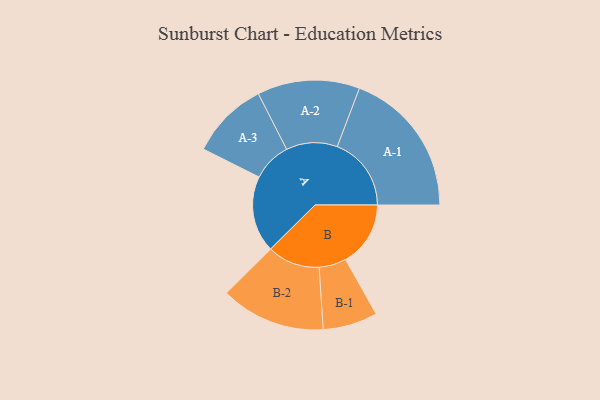
{"axis": {"x": "Segment", "y": "Value"}, "legend": ["", "A", "B"], "data": [{"x": "A", "y": 294, "type": ""}, {"x": "B", "y": 250, "type": ""}, {"x": "A-1", "y": 285, "type": "A"}, {"x": "A-2", "y": 197, "type": "A"}, {"x": "A-3", "y": 150, "type": "A"}, {"x": "B-1", "y": 105, "type": "B"}, {"x": "B-2", "y": 202, "type": "B"}]}